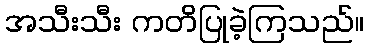
အသီးသီး ကတိပြုခဲ့ကြသည်။